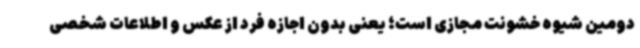
دومین شیوه خشونت مجازی است؛ یعنی بدون اجازه فرد از عکس و اطلاعات شخصی